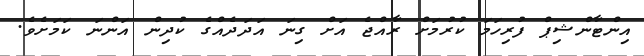
އިންޓާންޝިޕް ފުރިހަމަ ކުރުމަށް ރާއްޖެ އަށް ގިނަ އަދަދެއްގެ ކުދިން އަންނަ ކަމަށެވެ.